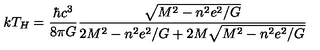
k T _ { H } = \frac { \hbar c ^ { 3 } } { 8 \pi G } \frac { \sqrt { M ^ { 2 } - n ^ { 2 } e ^ { 2 } / G } } { 2 M ^ { 2 } - n ^ { 2 } e ^ { 2 } / G + 2 M \sqrt { M ^ { 2 } - n ^ { 2 } e ^ { 2 } / G } }